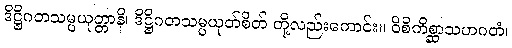
ဒိဋ္ဌိဂတသမ္ပယုတ္တာနိ၊ ဒိဋ္ဌိဂတသမ္ပယုတ်စိတ် တို့လည်းကောင်း။ ဝိစိကိစ္ဆာသဟဂတံ၊